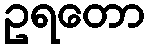
ဥရတော